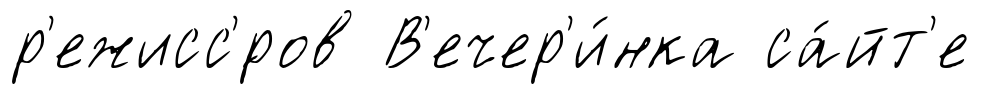
р'ежисс'́ров В'ечер'и́нка са́йт'е